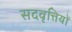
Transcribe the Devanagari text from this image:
सदवृत्तियों